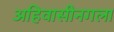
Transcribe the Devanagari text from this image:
अहिवासीनगला